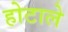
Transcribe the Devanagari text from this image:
होटाले